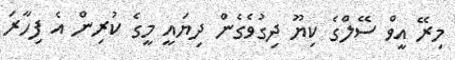
މިރޭ އީވް ސޭލްގެ ކިޔޫ ދިގުވެގެން ދިޔައީ މީގެ ކުރިން އެ ފިހާރަ